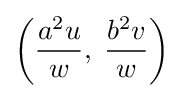
\left({\frac {a^{2}u}{w}},\;{\frac {b^{2}v}{w}}\right)